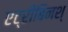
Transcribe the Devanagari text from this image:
एट्रीबिनश्